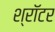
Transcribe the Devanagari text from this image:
श्रॉटर